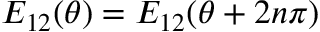
E _ { 1 2 } ( \theta ) = E _ { 1 2 } ( \theta + 2 n \pi )